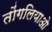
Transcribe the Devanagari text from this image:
तोंगलियाओ